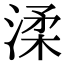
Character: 渘